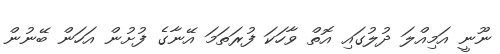
ނޫނީ އަމިއްލަ ދުލުގައި އޮތް ވާހަކަ ފުރަތަމަ އޭނާގެ ފުށުން އަހަން ބޭނުން